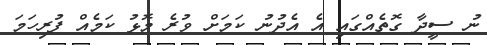
ނު ސީދާ ގޮތެއްގައި އެ އެދުނު ކަމަށް ވުރެ މޮޅު ކަމެއް ފުރިހަމަ